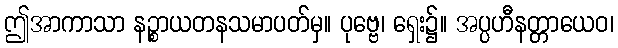
ဤအာကာသာ နဉ္စာယတနသမာပတ်မှ။ ပုဗ္ဗေ၊ ရှေး၌။ အပ္ပဟီနတ္တာယေဝ၊